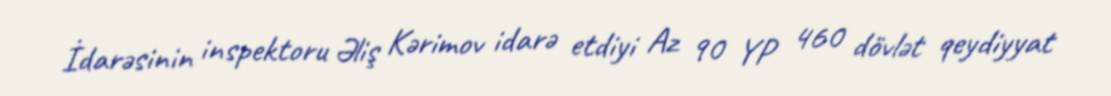
İdarəsinin inspektoru Əliş Kərimov idarə etdiyi Az 90 YP 460 dövlət qeydiyyat